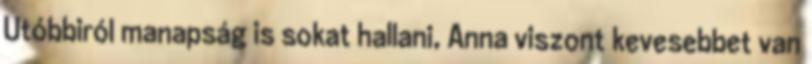
Utóbbiról manapság is sokat hallani, Anna viszont kevesebbet van